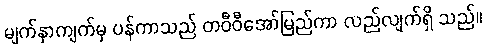
မျက်နှာကျက်မှ ပန်ကာသည် တဝီဝီအော်မြည်ကာ လည်လျက်ရှိ သည်။